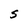
Character: S